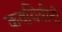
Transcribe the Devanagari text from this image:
कवयित्रींनी